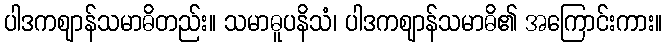
ပါဒကဈာန်သမာဓိတည်း။ သမာဓူပနိသံ၊ ပါဒကဈာန်သမာဓိ၏ အကြောင်းကား။